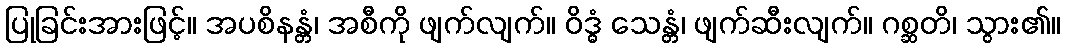
ပြုခြင်းအားဖြင့်။ အပစိနန္တံ၊ အစီကို ဖျက်လျက်။ ဝိဒ္ဓံ သေန္တံ၊ ဖျက်ဆီးလျက်။ ဂစ္ဆတိ၊ သွား၏။